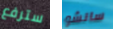
سترفع سانشو